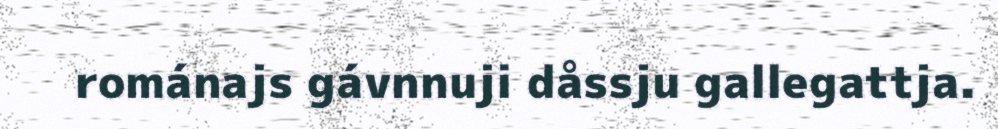
románajs gávnnuji dåssju gallegattja.